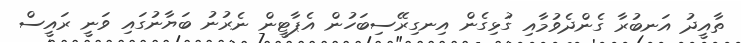
ތާއީދު އަނބުރާ ގެންދެވުމާއި ގުޅިގެން އިނގިރޭސިބަހުން އެޕާޓީން ނެރުނު ބަޔާނުގައި ވަނީ ރައީސް